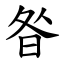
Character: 昝